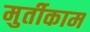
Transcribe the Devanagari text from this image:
मुर्तीकाम